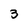
Character: 3